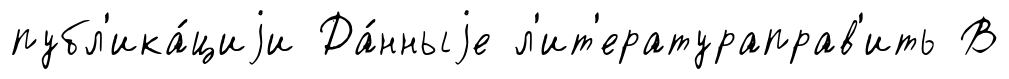
публ'ика́циjи Да́нныjе л'ит'ератураправ'ить В